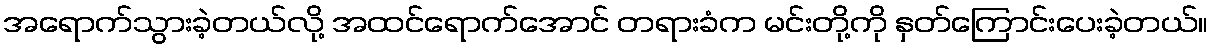
အရောက်သွားခဲ့တယ်လို့ အထင်ရောက်အောင် တရားခံက မင်းတို့ကို နှတ်ကြောင်းပေးခဲ့တယ်။